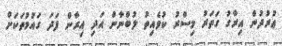
ޢުރުދުން އިރާގު ގަތަރު މިސްރު ކުވެއިތު ލުބްނާން އަދި އިރާން ފަދަ ގައުމުތަކަށް